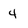
Character: 4